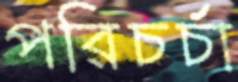
পরিচর্চা